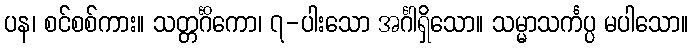
ပန၊ စင်စစ်ကား။ သတ္တင်္ဂိကော၊ ၇-ပါးသော အင်္ဂါရှိသော။ သမ္မာသင်္ကပ္ပ မပါသော။